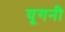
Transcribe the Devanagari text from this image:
यूगनी